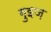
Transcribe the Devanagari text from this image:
गुइज़